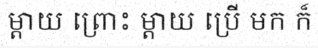
ម្តាយ ព្រោះ ម្តាយ ប្រើ មក ក៏